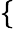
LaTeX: \lbrace